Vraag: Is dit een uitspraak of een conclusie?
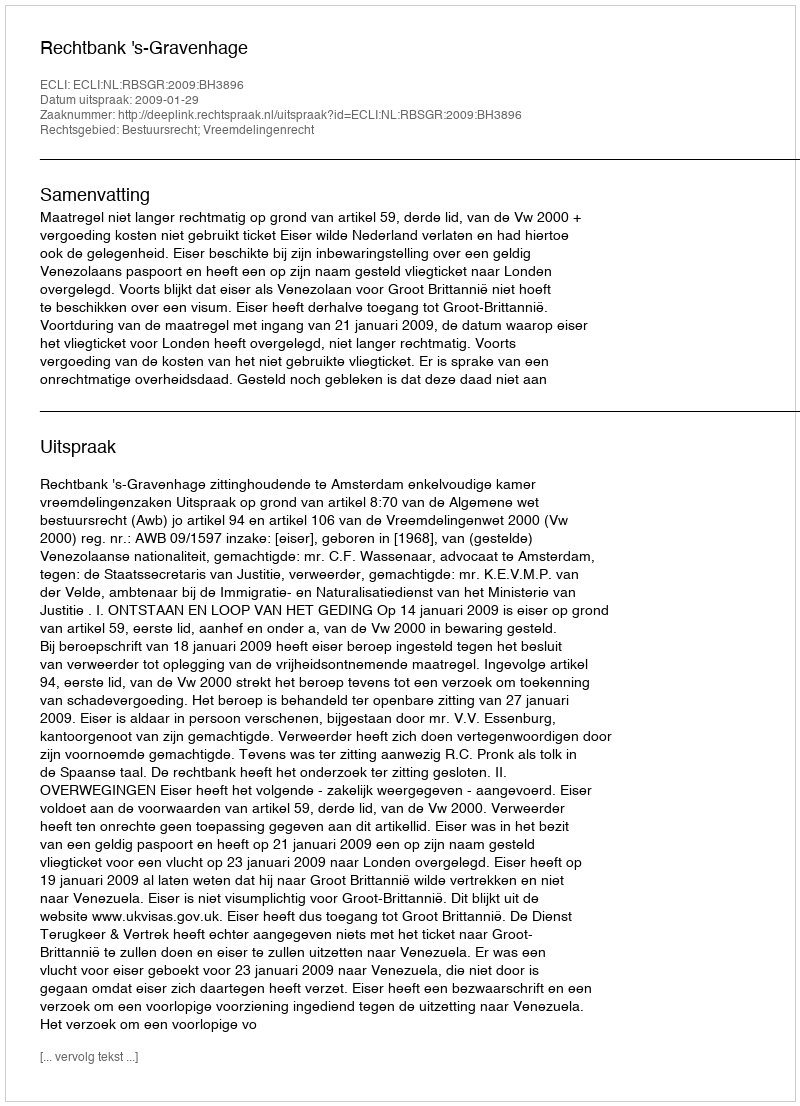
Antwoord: Uitspraak